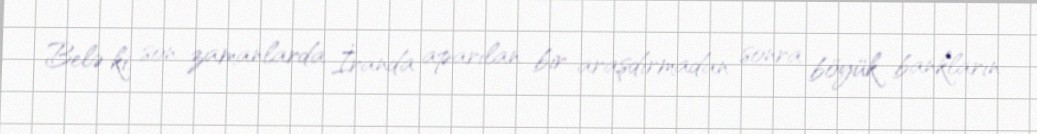
Belə ki, son zamanlarda İranda aparılan bir araşdırmadan sonra böyük bankların